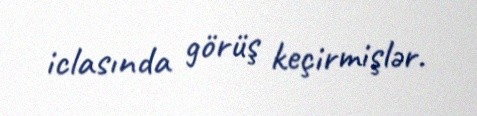
iclasında görüş keçirmişlər.